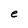
Character: e